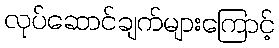
လုပ်ဆောင်ချက်များကြောင့်